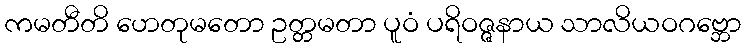
ကမတီတိ ဟေတုမတော ဥတ္တမတာ ပူဝံ ပရိဝဇ္ဇနာယ သာလိယဝဂဗ္ဘော